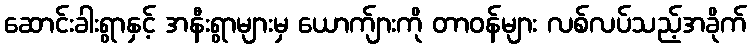
ဆောင်းခါးရွာနှင့် အနီးရွာများမှ ယောက်ျားကို တာဝန်များ လစ်လပ်သည့်အခိုက်